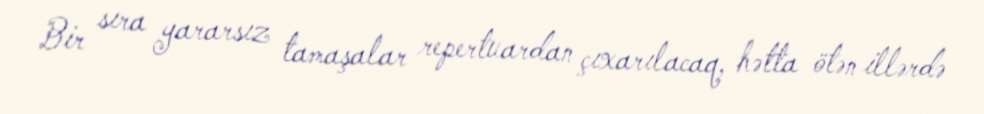
Bir sıra yararsız tamaşalar repertuardan çıxarılacaq, hətta ötən illərdə